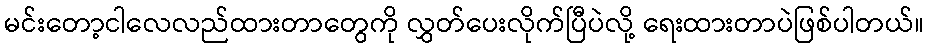
မင်းတော့ငါလေလည်ထားတာတွေကို လွှတ်ပေးလိုက်ပြီပဲလို့ ရေးထားတာပဲဖြစ်ပါတယ်။